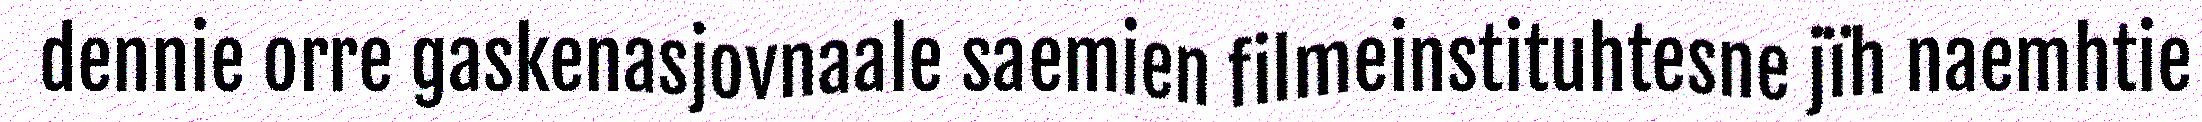
dennie orre gaskenasjovnaale saemien filmeinstituhtesne jïh naemhtie